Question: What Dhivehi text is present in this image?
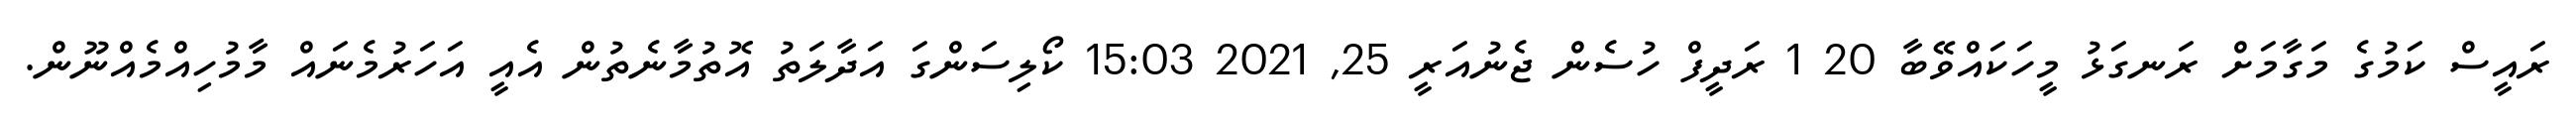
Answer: ރައީސް ކަމުގެ މަގާމަށް ރަނގަޅު މީހަކައްވޭބާ 20 1 ރަދީފް ހުސެން ޖެނުއަރީ 25, 2021 15:03 ކޯލިސަންގަ އަދާލަތު އޮތުމާނެތުން އެއީ އަހަރުމެނައް މާމުހިއްމެއްނޫން.